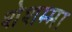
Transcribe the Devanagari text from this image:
शेशम्मा